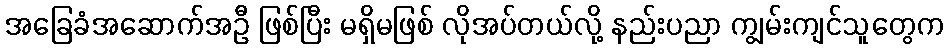
အခြေခံအဆောက်အဦ ဖြစ်ပြီး မရှိမဖြစ် လိုအပ်တယ်လို့ နည်းပညာ ကျွမ်းကျင်သူတွေက